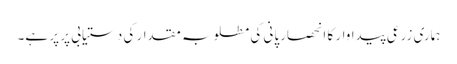
ہماری زرعی پیداوار کا انحصارپانی کی مطلوبہ مقدار کی دستیابی پر پر ہے۔